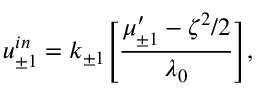
u _ { \pm 1 } ^ { i n } = k _ { \pm 1 } \Bigg [ \frac { \mu _ { \pm 1 } ^ { \prime } - \zeta ^ { 2 } / 2 } { \lambda _ { 0 } } \Bigg ] ,